Scottish Certificate of Education, 1962
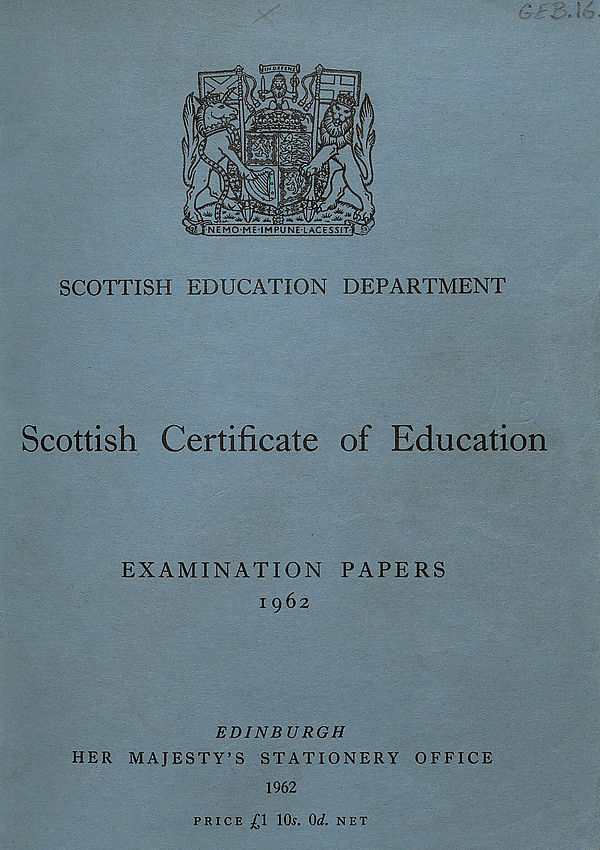
SCOTTISH EDUCATION DEPARTMENT
Scottish Certificate of Education
EXAMINATION PAPERS
1962
EDINBURGH
HER MAJESTY’S STATIONERY OFFICE
1962
PRICE j£l 1(R. Od. NET